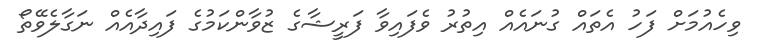
ވިހެއުމަށް ފަހު އެތައް ގުނައެއް އިތުރު ވެފައިވާ ފަރީޝާގެ ޒުވާންކަމުގެ ފައިދާއެއް ނަގާލެވޭތޯ